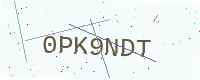
Text: 0PK9NDT